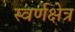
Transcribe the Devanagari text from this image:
स्वर्णक्षेत्र